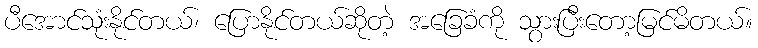
ပီအောင်သုံးနိုင်တယ်၊ ပြောနိုင်တယ်ဆိုတဲ့ အခြေခံကို သွားပြီးတော့မြင်မိတယ်။